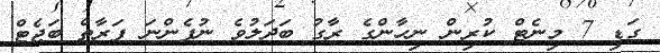
ގަޑި 7 މިނެޓް ކުރިން ނިހާންގެ ރާގު ބަދަލުވެ ނުފެންނަ ފަރާތް ބަޖެޓް